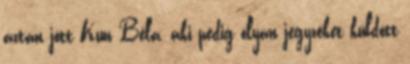
aztán jött Kun Béla, aki pedig olyan jegyzéket küldött